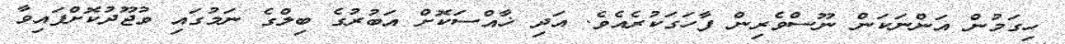
ހިގަމުން އަންނަކަން ނޫސްވެރިން ފާހަގަކުރެއެވެ. އަދި ޚާއްސަކޮށް އަބުރުގެ ބިލްގެ ނަމުގައި ވުޖޫދުކޮށްފައިވާ